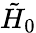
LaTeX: \tilde{H}_{0}